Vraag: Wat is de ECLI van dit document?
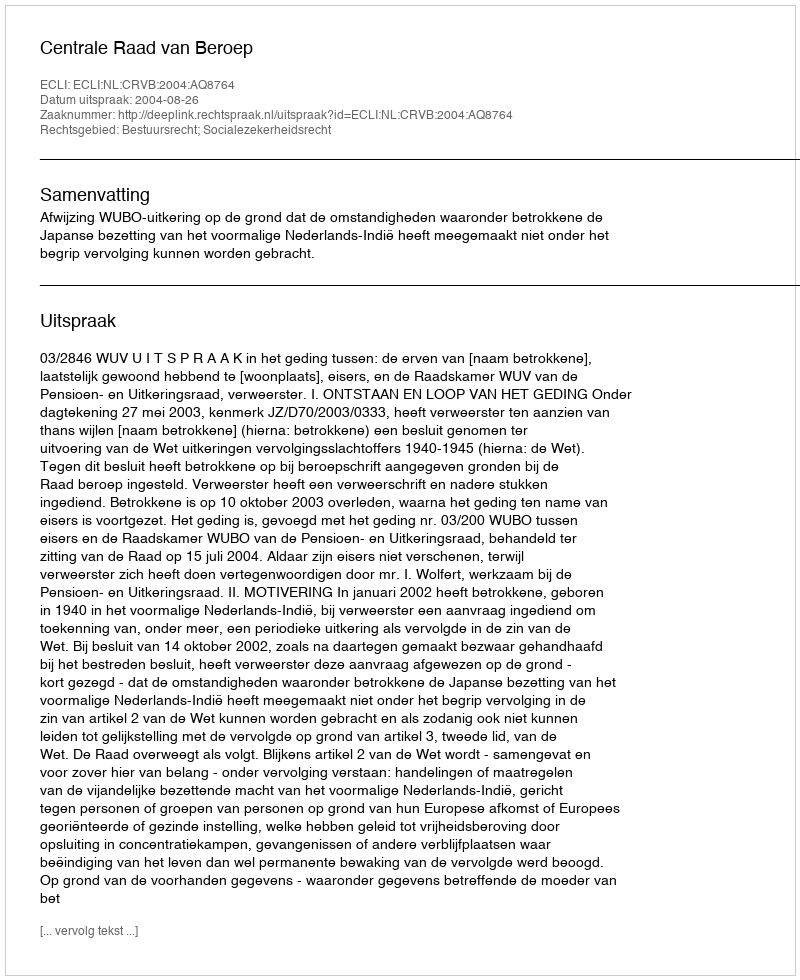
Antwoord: ECLI:NL:CRVB:2004:AQ8764